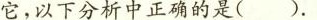
它，以下分析中正确的是()。